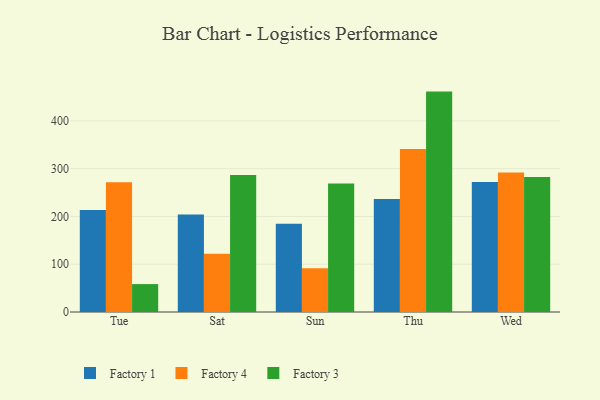
{"axis": {"x": "Day", "y": "Net Income (USD K)"}, "legend": ["Factory 1", "Factory 3", "Factory 4"], "data": [{"x": "Tue", "y": 213.4, "type": "Factory 1"}, {"x": "Tue", "y": 271.8, "type": "Factory 4"}, {"x": "Tue", "y": 58.4, "type": "Factory 3"}, {"x": "Sat", "y": 204.0, "type": "Factory 1"}, {"x": "Sat", "y": 122.0, "type": "Factory 4"}, {"x": "Sat", "y": 286.9, "type": "Factory 3"}, {"x": "Sun", "y": 184.9, "type": "Factory 1"}, {"x": "Sun", "y": 91.8, "type": "Factory 4"}, {"x": "Sun", "y": 268.7, "type": "Factory 3"}, {"x": "Thu", "y": 236.3, "type": "Factory 1"}, {"x": "Thu", "y": 341.1, "type": "Factory 4"}, {"x": "Thu", "y": 461.3, "type": "Factory 3"}, {"x": "Wed", "y": 272.2, "type": "Factory 1"}, {"x": "Wed", "y": 291.8, "type": "Factory 4"}, {"x": "Wed", "y": 282.4, "type": "Factory 3"}]}